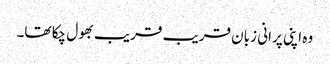
وہ اپنی پرانی زبان قریب قریب بھول چکا تھا۔